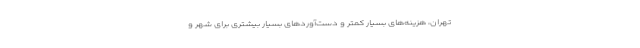
تهران، هزینه‌های بسیار کمتر و دست‌آوردهای بسیار بیشتری براى شهر و